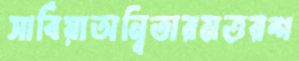
সার্বিয়াঅন্বিতারমত্তরশ